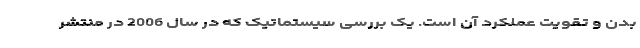
بدن و تقویت عملکرد آن است. یک بررسی سیستماتیک که در سال 2006 در منتشر